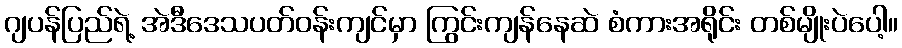
ဂျပန်ပြည်ရဲ့ အဲဒီဒေသပတ်ဝန်းကျင်မှာ ကြွင်းကျန်နေဆဲ စံကားအရိုင်း တစ်မျိုးပဲပေါ့။